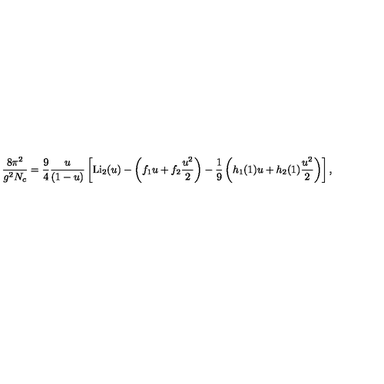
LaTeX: { \frac { 8 \pi ^ { 2 } } { g ^ { 2 } N _ { c } } } = { \frac { 9 } { 4 } } { \frac { u } { ( 1 - u ) } } \left[ \mathrm { L i } _ { 2 } ( u ) - \left( f _ { 1 } u + f _ { 2 } { \frac { u ^ { 2 } } { 2 } } \right) - { \frac { 1 } { 9 } } \left( h _ { 1 } ( 1 ) u + h _ { 2 } ( 1 ) { \frac { u ^ { 2 } } { 2 } } \right) \right] ,